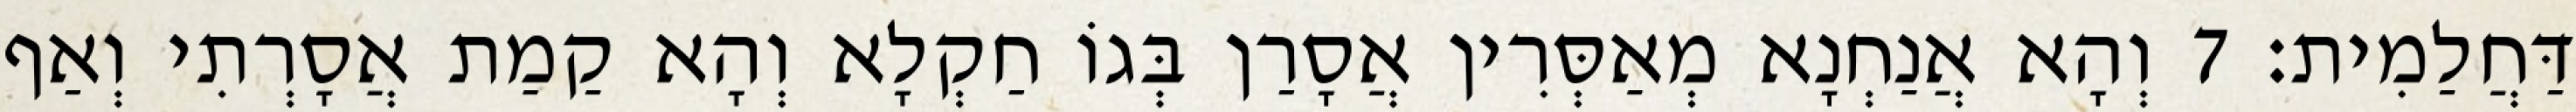
דַּחֲלַמִית׃ 7 וְהָא אֲנַחְנָא מְאַסְּרִין אֲסָרַן בְּגוֹ חַקְלָא וְהָא קַמַת אֲסָרְתִי וְאַף